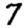
Digit: 7